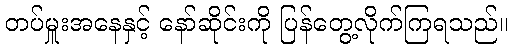
တပ်မှူးအနေနှင့် နော်ဆိုင်းကို ပြန်တွေ့လိုက်ကြရသည်။